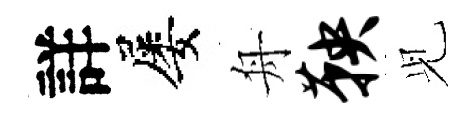
詳屡舟鞅𫤗